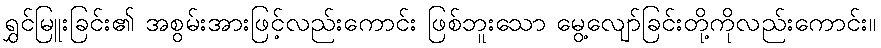
ရွှင်မြူးခြင်း၏ အစွမ်းအားဖြင့်လည်းကောင်း ဖြစ်ဘူးသော မွေ့လျော်ခြင်းတို့ကိုလည်းကောင်း။